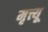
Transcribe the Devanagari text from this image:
मृत्त्यू